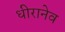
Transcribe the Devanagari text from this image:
धीरानेव